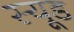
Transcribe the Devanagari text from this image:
स्यूड